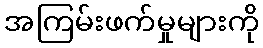
အကြမ်းဖက်မှုများကို